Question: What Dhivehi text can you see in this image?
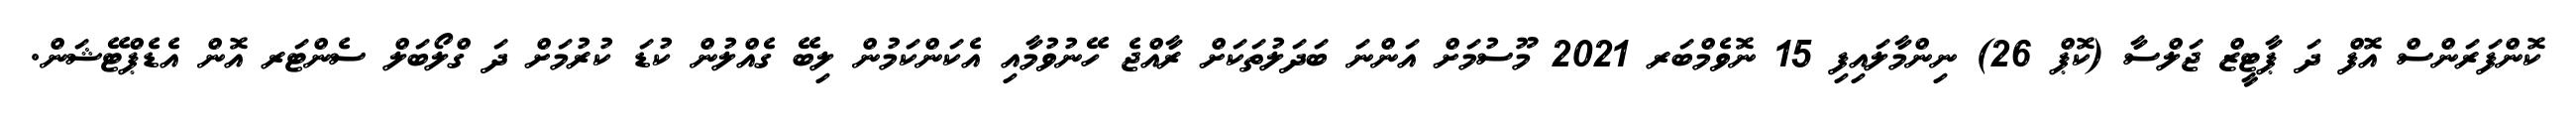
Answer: ކޮންފަރަންސް އޮފް ދަ ޕާޓީޒް ޖަލްސާ (ކޮޕް 26) ނިންމާލައިފި 15 ނޮވެމްބަރ 2021 މޫސުމަށް އަންނަ ބަދަލުތަކަށް ރާއްޖެ ހޭނުވުމާއި އެކަންކަމުން ލިބޭ ގެއްލުން ކުޑަ ކުރުމަށް ދަ ގްލޯބަލް ސެންޓަރ އޮން އެޑެޕްޓޭޝަން.